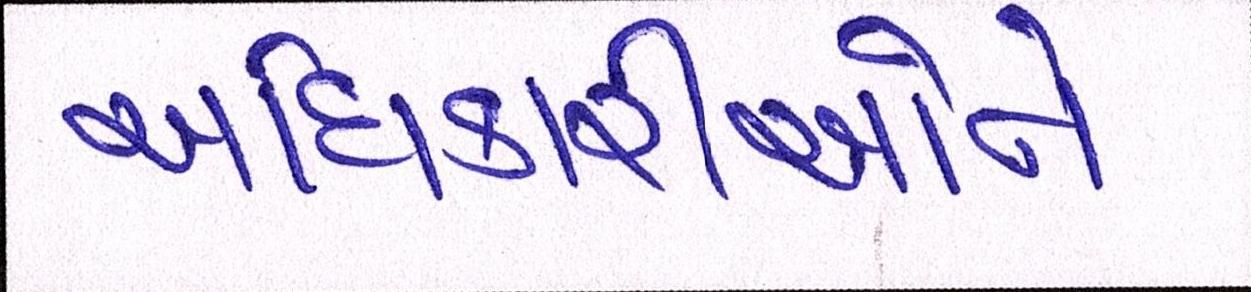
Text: અધિકારીઓને